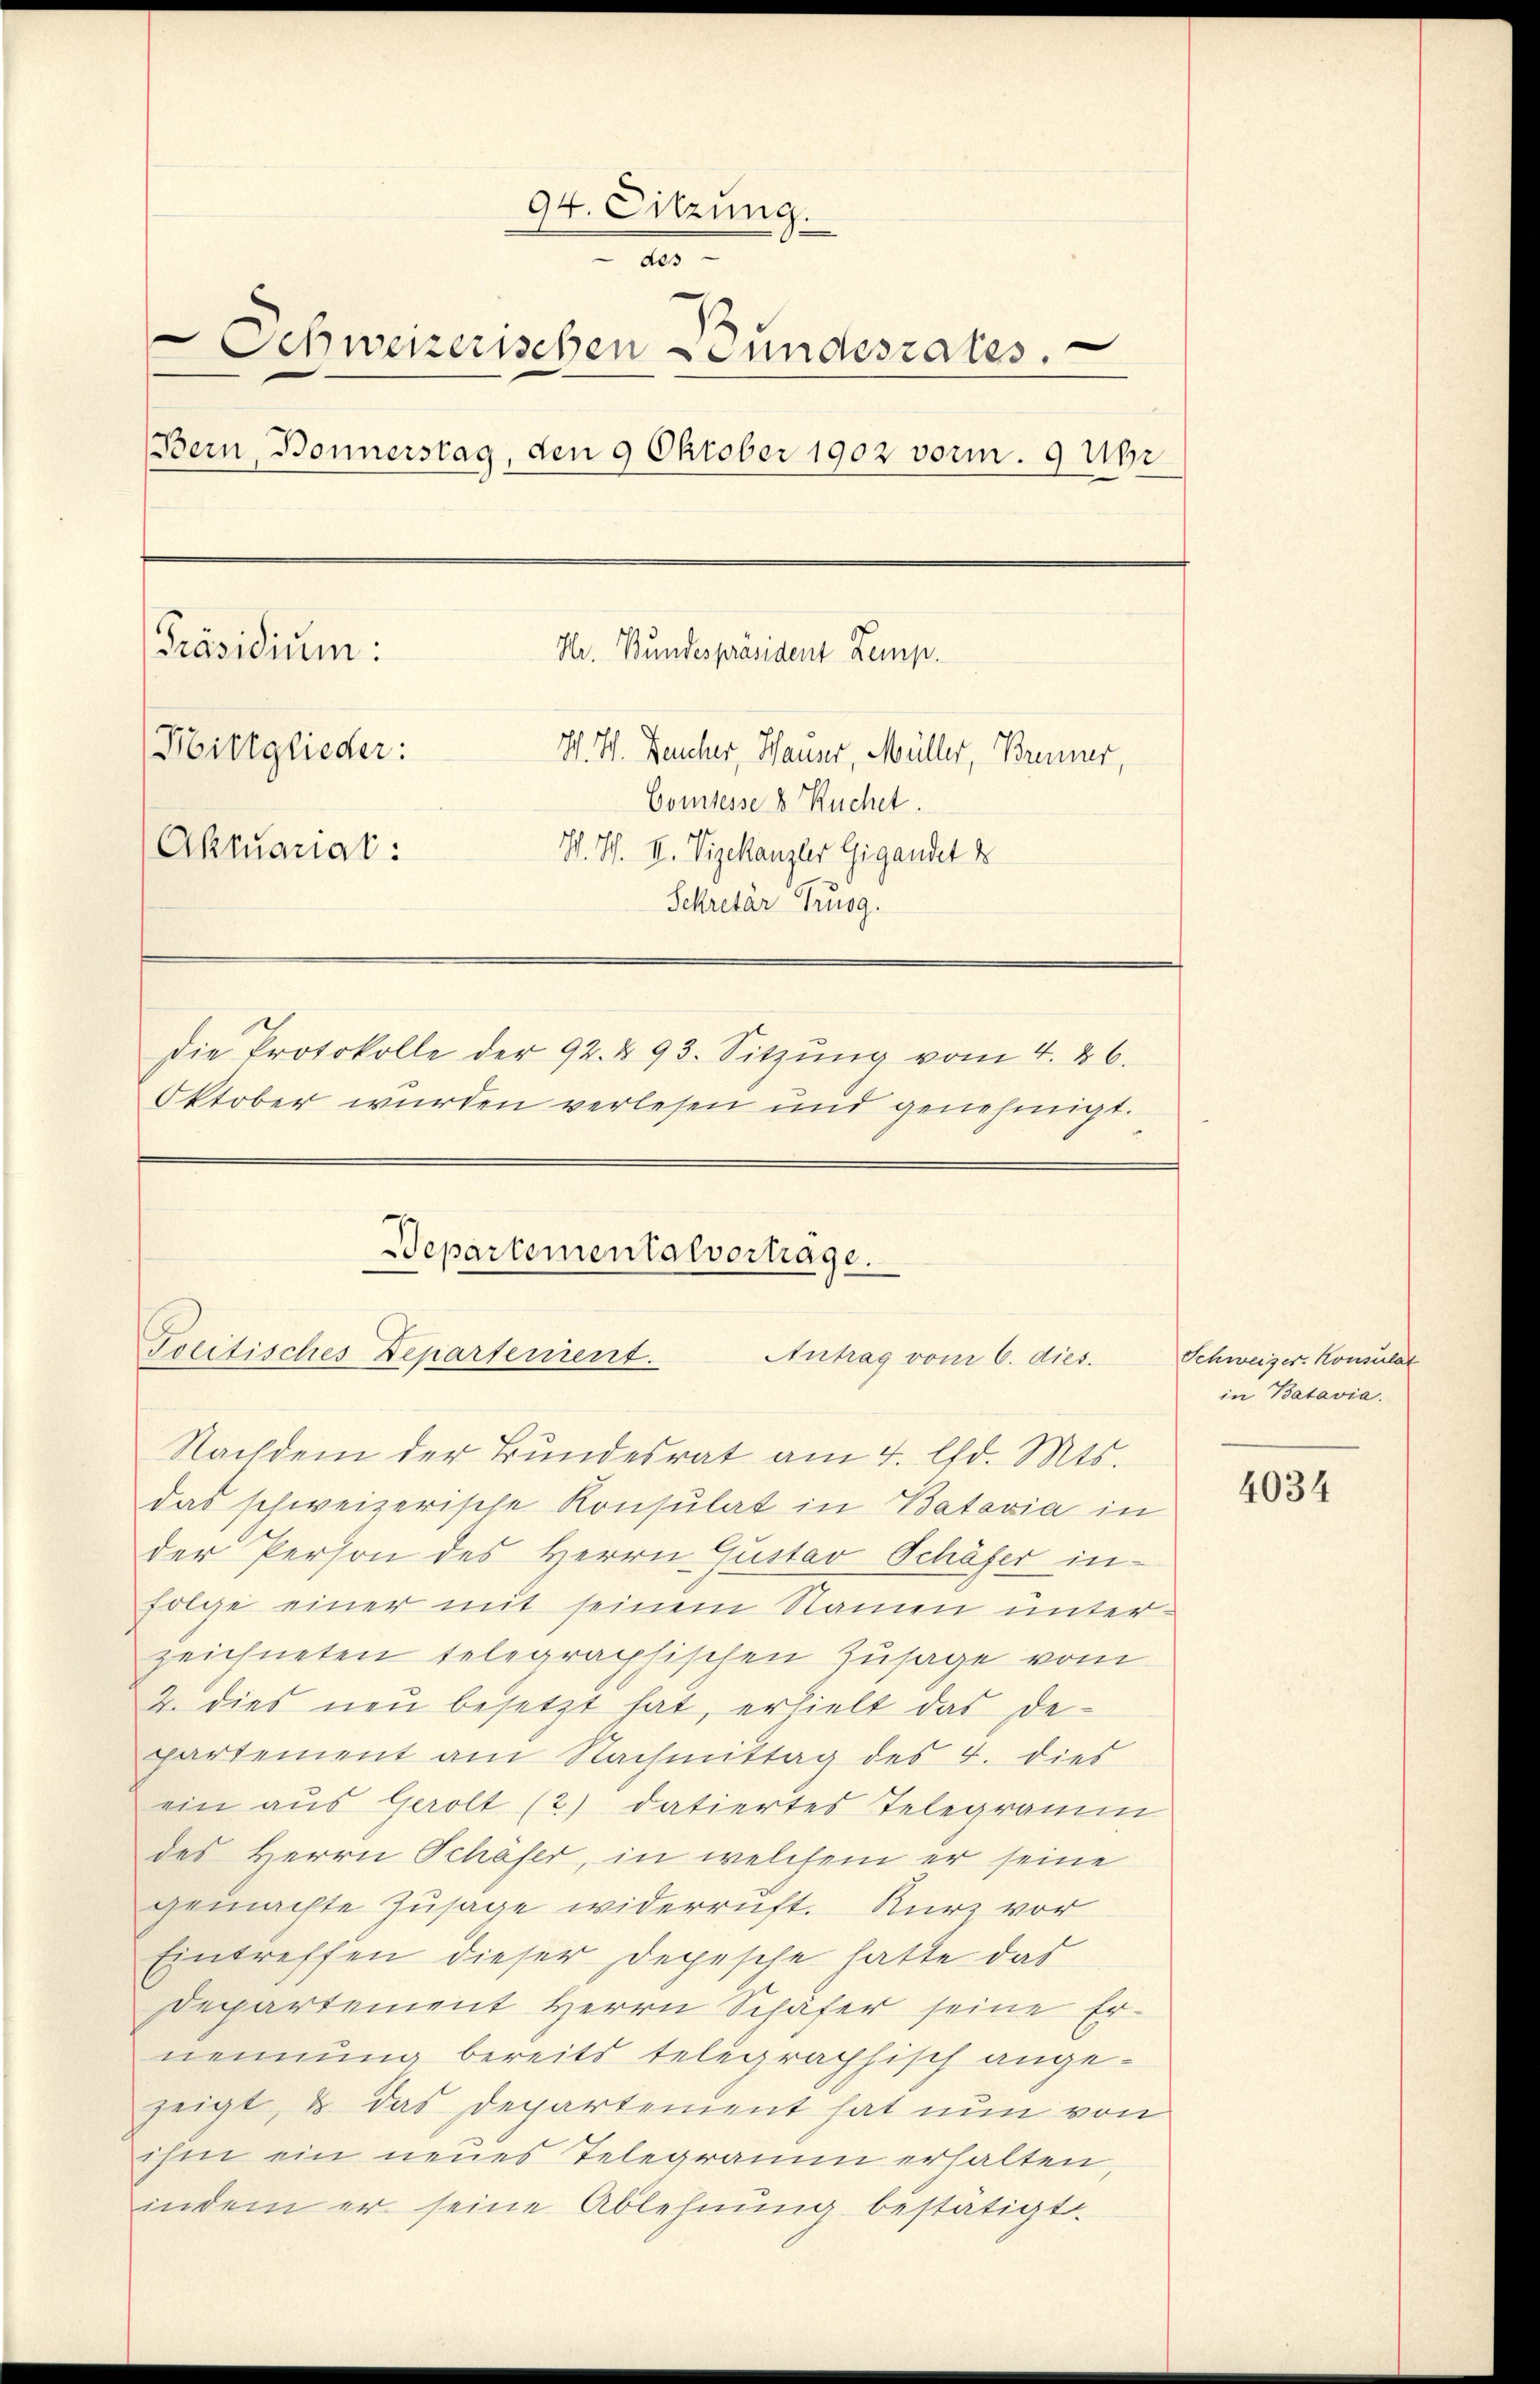
94. Sitzung.
2
Schweizerischen Fundesrates.
Bern, Bonnerstag, den 9 Oktober 1902 vorm. 9 Uhr
[Präsidium:
Hr. Bundespräsident Lemp.
(Hittglieder:
W. H. Deucher, Hauser, Müller, Brenner,
Comtesse u. Ruchet.
Aktuariat:
W. H. II. Vizekanzler Gigandet d
Sekretär Trusg.
die Protokolle der 92. 493. Sitzŭng vom 4. 86.
Oktober wurden verlesen und genehmigt.

Departementalvorträge.
Treitisches Departenient.
Antrag vom 6. dies.
Nachdem der Bundesrat am 4. d. Mts.

das schweizerische Konsulat in Batavia in
der Person des Herrn Gustav Schäfer in-
Folge einer mit seinem Namen unterzeichneten telegraphischen Zusage vom
2. dies neu besetzt hat, erhielt das Departement am Nachmittag des 4. dies
ein aus Gerolt (2) datiertes Telegramm
des Herrn Schäser, in welchem er seine
gemachte Zusage widerruft. Kurz vor
Eintreffen dieser Depesche hatte das
Departement Herrn Schäfer seine Ernennung bereits telegraphisch angezeigt, & das Departement hat nun von
ihm ein neues Telegramm erhalten,
indem er seine Ablehnung bestätigt.

Schweizer-Konsulat
in Batavia.

4034